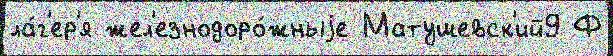
ла́г'ер'я жел'езнодоро́жныjе Матушевск'ий9 Ф